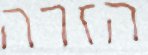
הזרה